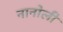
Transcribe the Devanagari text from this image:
नानोली